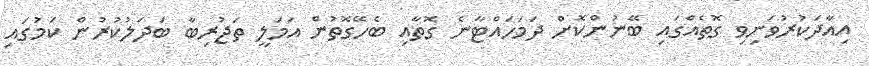
އިއާދަކުރުވަނިވި ގޮތެއްގައި ބޭނުންކޮށް ދަމަހައްޓާނެ ގޮތާއި ބެހޭގޮތުން އަމަލީ ތަޖުރިބާ ބަދަލުކުރުން ކަމުގައި